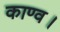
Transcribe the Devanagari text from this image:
काण्‍व।